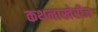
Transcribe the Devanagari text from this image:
कथनाखेरीज